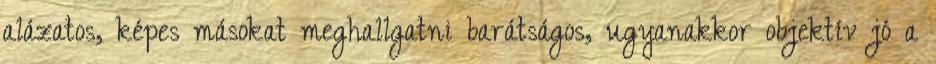
alázatos, képes másokat meghallgatni barátságos, ugyanakkor objektív jó a